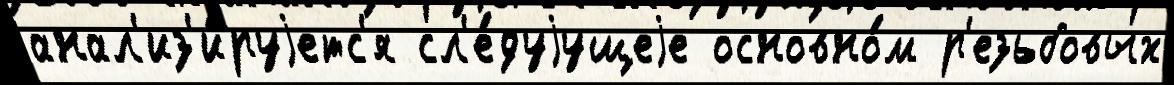
анал'из'и́руjетс'я сл'е́дуjущеjе основно́м р'езьбовых